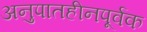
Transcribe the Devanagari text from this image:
अनुपातहीनपूर्वक